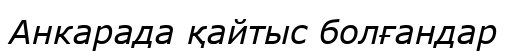
Анкарада қайтыс болғандар